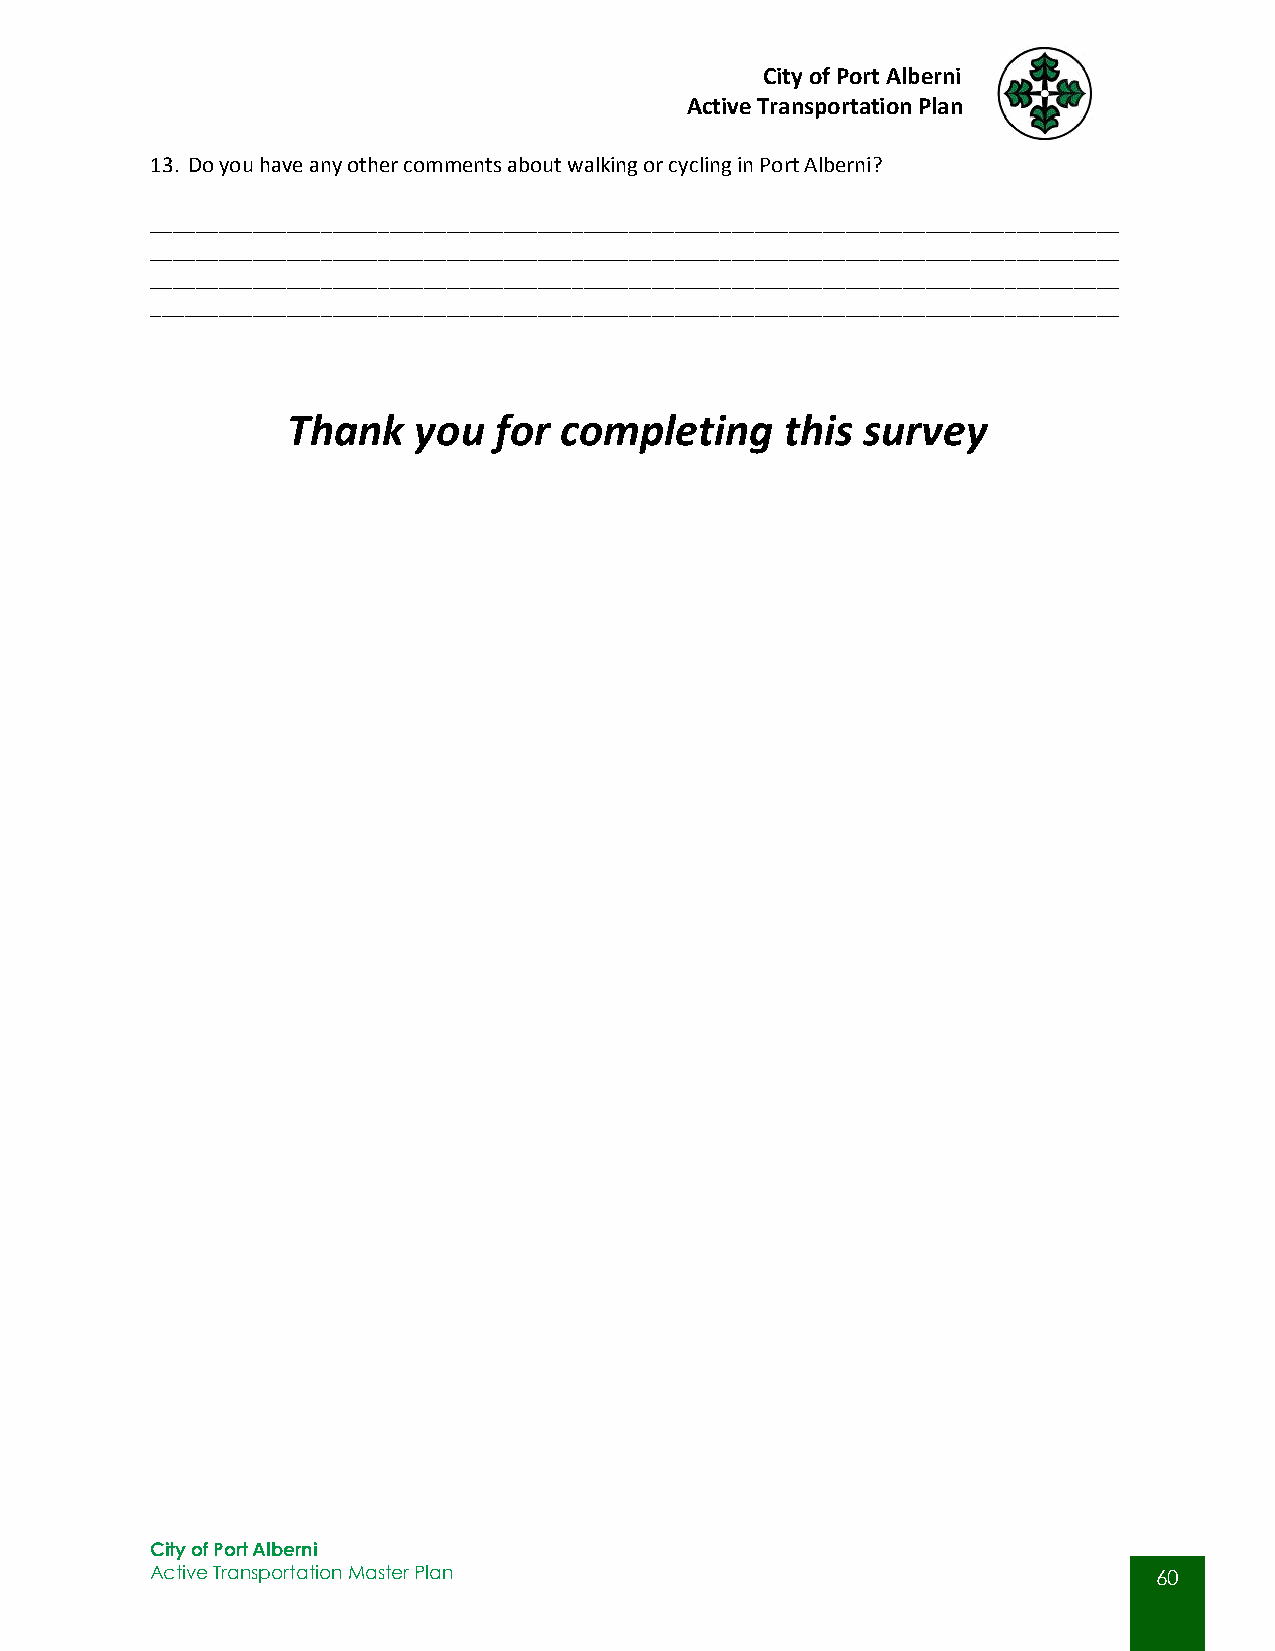
City of Port Alberni
 Active Transportation Plan
 13. Do you have any other comments about walking or cycling in Port Alberni?
 _____________________________________________________________________________________
 _____________________________________________________________________________________
 _____________________________________________________________________________________
 _____________________________________________________________________________________
 Thank   you   for completing     this survey
 City of Port Alberni
 Active Transportation Master Plan                                  60
 60